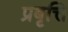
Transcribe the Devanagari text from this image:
प्रबृत्ति